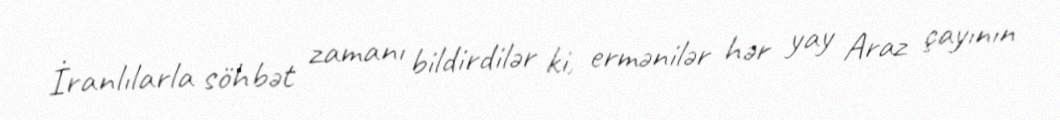
İranlılarla söhbət zamanı bildirdilər ki, ermənilər hər yay Araz çayının